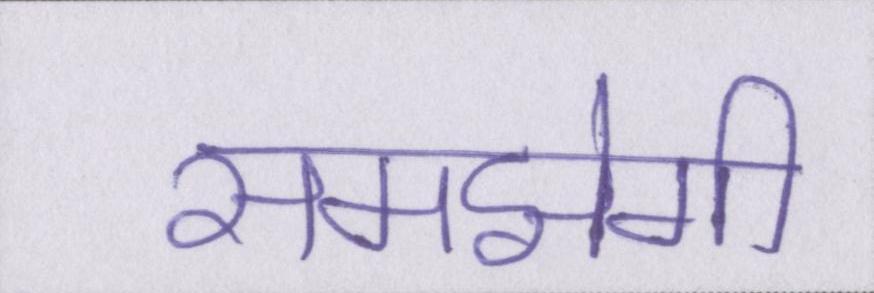
समझेगी